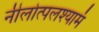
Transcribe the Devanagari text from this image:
नीलोत्पलश्यामं